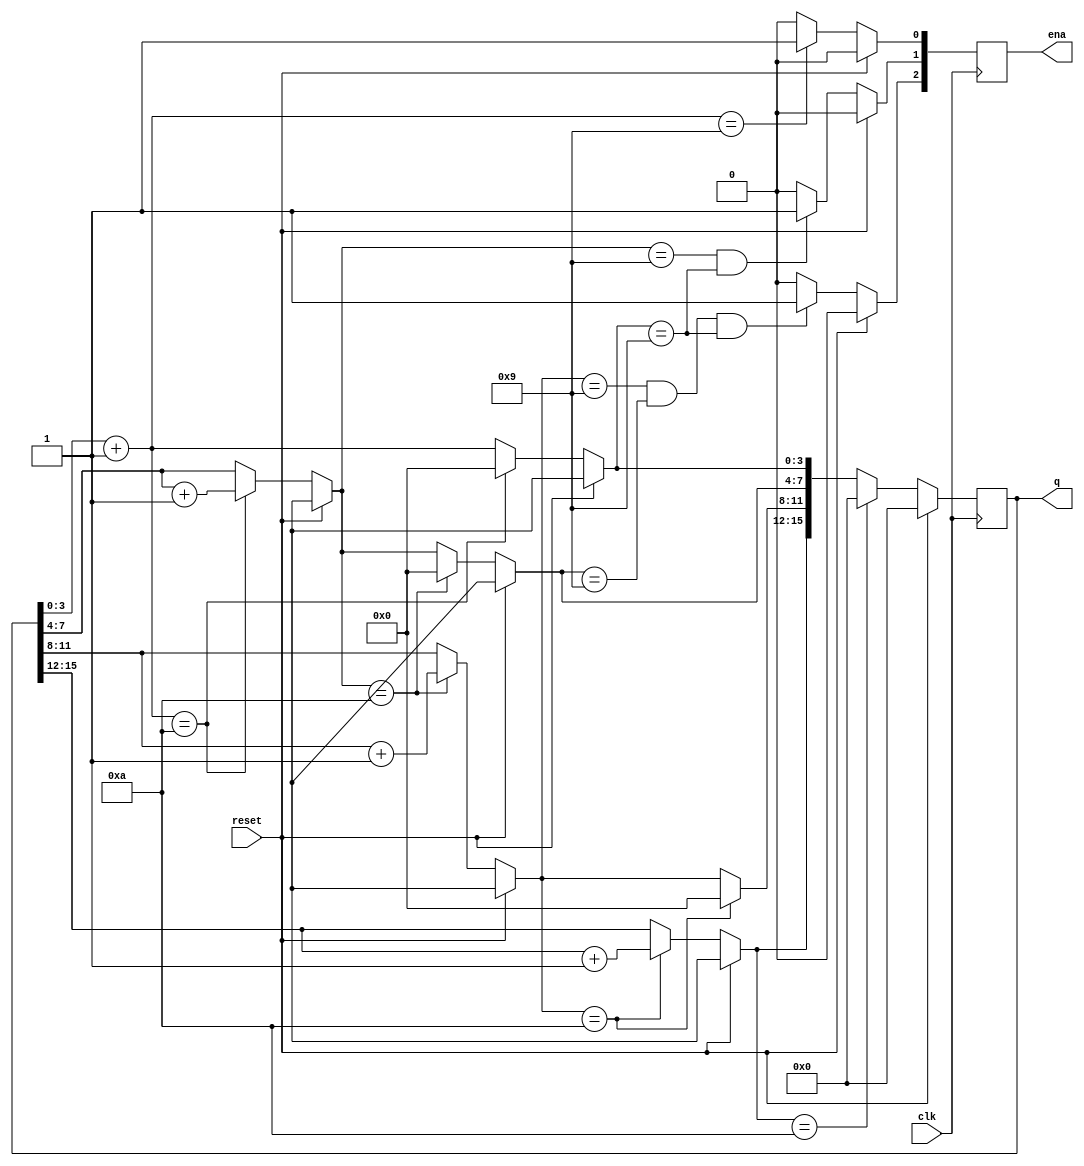
module top_module (
    input clk,
    input reset,   // Synchronous active-high reset
    output [3:1] ena,
    output [15:0] q);
    
    always @(posedge clk) begin
        if(reset) begin
            q = 0;
            ena = 0;
        end
        else begin
            q[3:0] = q[3:0] + 1;
            ena[1] = (q[3:0] == 9) ? 1 : 0;
            if(q[3:0] == 10) begin
                q[3:0] = 0;
                q[7:4] = q[7:4] + 1;
            end
            ena[2] = ((q[7:4] == 9) && (q[3:0] == 9)) ? 1 : 0;
            if(q[7:4] == 10) begin
                q[7:4] = 0;
                q[11:8] = q[11:8] + 1;
            end
            ena[3] = ((q[11:8] == 9) && (q[7:4] == 9) && (q[3:0] == 9)) ? 1 : 0;
            if(q[11:8] == 10) begin
                q[11:8] = 0;
                q[15:12] = q[15:12] + 1;
            end
            if(q[15:12] == 10) begin
                q = 0;
            end
        end
    end

endmodule